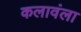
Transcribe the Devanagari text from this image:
कलावंला